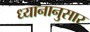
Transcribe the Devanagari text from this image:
ध्यानानुसार